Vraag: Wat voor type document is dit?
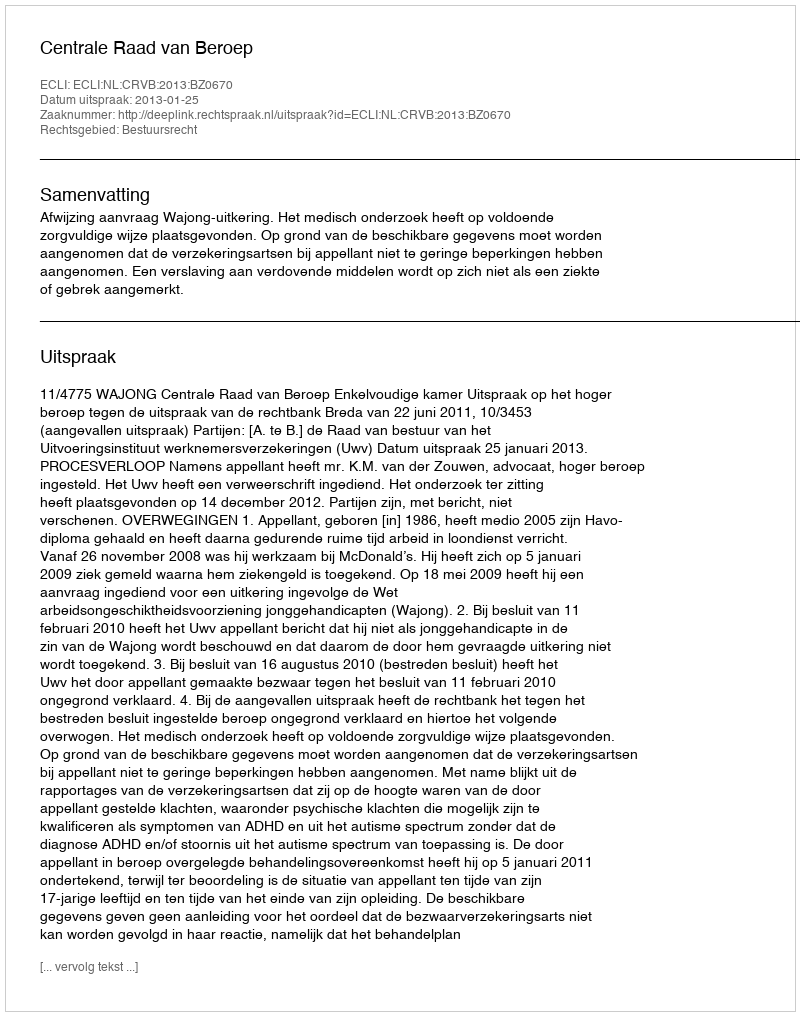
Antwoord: Uitspraak